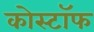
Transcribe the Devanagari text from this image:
कोस्टॉफ